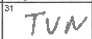
Transcription: TUN